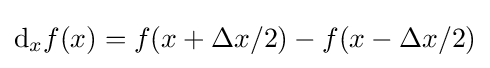
{\text{d}}_{x}f(x)=f(x+\Delta x/2)-f(x-\Delta x/2)